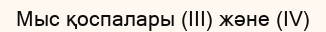
Мыс қоспалары (ІІІ) және (ІV)